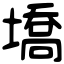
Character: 墧